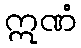
ဣဏံ